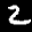
Label: 2